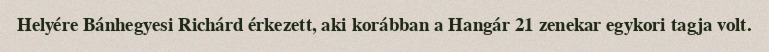
Helyére Bánhegyesi Richárd érkezett, aki korábban a Hangár 21 zenekar egykori tagja volt.